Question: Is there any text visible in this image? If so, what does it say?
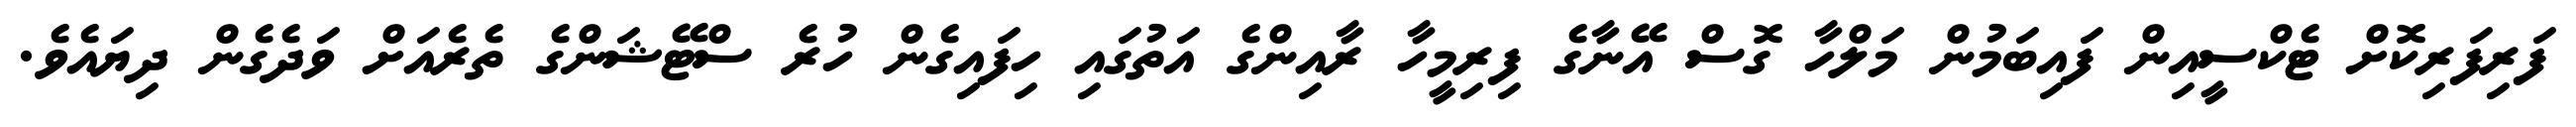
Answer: ފަރިފަރިކޮށް ޓެކްސީއިން ފައިބަމުން މަލްހާ ގޮސް އޭނާގެ ފިރިމީހާ ރާއިންގެ އަތުގައި ހިފައިގެން ހުރެ ސްޓޭޝަންގެ ތެރެއަށް ވަދެގެން ދިޔައެވެ.